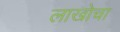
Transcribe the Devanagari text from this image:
लाखोचा